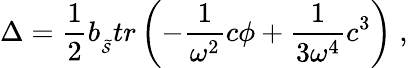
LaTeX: \Delta=\frac 12b_{_{\widetilde{{\cal S}}}}tr\left(-\frac 1{\omega^{2}}c\phi+\frac 1{3\omega^{4}}c^{3}\right)\; ,